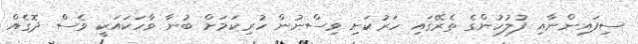
ސިފައިންނާއި ފުލުހުންގެ ތެރޭގައި ހަރުކަށި ވިސްނުން ހުރިކަމަށް ބުނާ ވާހަކައަކީ ވެސް ދޮގެއް